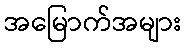
အမြောက်အများ